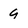
Character: 9